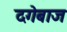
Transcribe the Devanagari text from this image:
दगेबाज